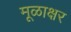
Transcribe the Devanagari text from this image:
मूळाक्षर